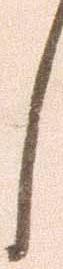
し